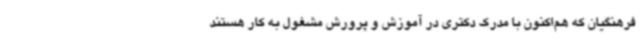
فرهنگیان که هم‌اکنون با مدرک دکتری در آموزش و پرورش مشغول به کار هستند